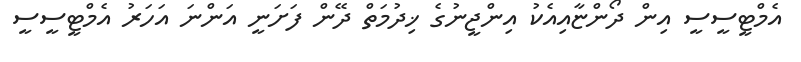
އެމްޓީސީސީ އިން ދޯންޏާއިއެކު އިންޖީނުގެ ޚިދުމަތް ދޭން ފަށަނީ އަންނަ އަހަރު އެމްޓީސީސީ